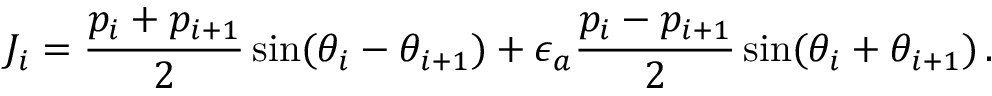
J _ { i } = \frac { p _ { i } + p _ { i + 1 } } { 2 } \sin ( \theta _ { i } - \theta _ { i + 1 } ) + \epsilon _ { a } \frac { p _ { i } - p _ { i + 1 } } { 2 } \sin ( \theta _ { i } + \theta _ { i + 1 } ) \, .